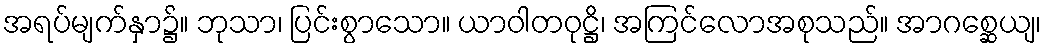
အရပ်မျက်နှာ၌။ ဘုသာ၊ ပြင်းစွာသော။ ယာဝါတဝုဋ္ဌိ၊ အကြင်လောအစုသည်။ အာဂစ္ဆေယျ၊